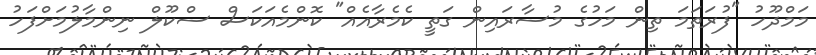
މަމްދޫހު "ފުރަތަމަ ތިން މަހުގެ މުސާރައިން ގަތީ ކެމެރާއެއް" ކޮންމެއަކަސް ސްކޫލް ނިންމާލުމަށްފަހު